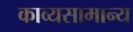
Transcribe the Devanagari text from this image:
काव्यसामान्य